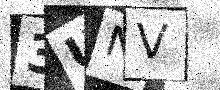
Text: 3UNV